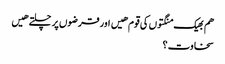
هم بھیک منگتوں کی قوم هیں اور قرضوں پر چلتے هیں
سخاوت ؟